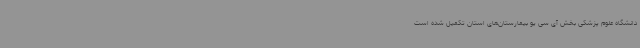
دانشگاه علوم پزشکی بخش آی‌ سی یو بیمارستان‌های استان تکمیل شده است